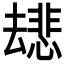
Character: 𫨯